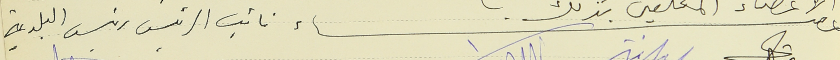
الاعضاء نائب الرئيس رئيس البلدية